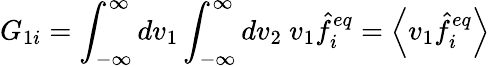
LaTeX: G_{1i}=\int_{-\infty}^{\infty}dv_{1}\int_{-\infty}^{\infty}dv_{2}\ v_{1}\hat{f}_{i}^{eq}=\left\langle v_{1}\hat{f}_{i}^{eq}\right\rangle